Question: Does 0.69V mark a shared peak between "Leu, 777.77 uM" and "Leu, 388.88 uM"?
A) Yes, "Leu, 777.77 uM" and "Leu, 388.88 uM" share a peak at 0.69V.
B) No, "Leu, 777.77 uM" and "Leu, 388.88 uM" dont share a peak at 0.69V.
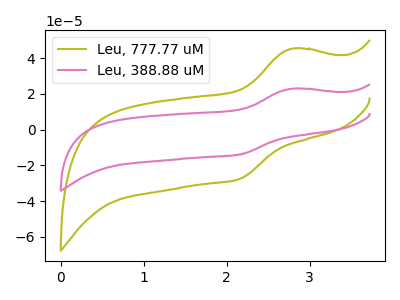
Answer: <think>The olive curve "Leu, 777.77 uM" has an anodic peak at (2.80V, 45.35uA) and a cathodic peak at (2.15V, -27.60uA). The pink curve "Leu, 388.88 uM" has an anodic peak at (2.80V, 22.90uA) and a cathodic peak at (2.15V, -13.95uA).</think>
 <answer>B) No, "Leu, 777.77 uM" and "Leu, 388.88 uM" dont share a peak at 0.69V.</answer>
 <eval>B</eval>